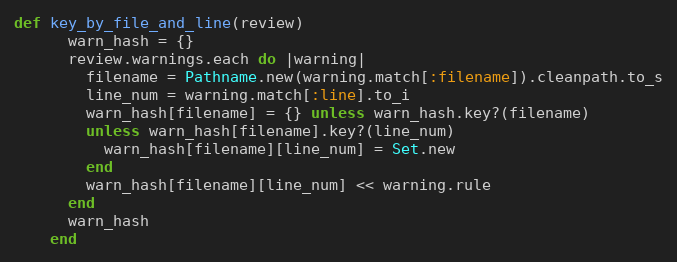
Language: Ruby
def key_by_file_and_line(review)
      warn_hash = {}
      review.warnings.each do |warning|
        filename = Pathname.new(warning.match[:filename]).cleanpath.to_s
        line_num = warning.match[:line].to_i
        warn_hash[filename] = {} unless warn_hash.key?(filename)
        unless warn_hash[filename].key?(line_num)
          warn_hash[filename][line_num] = Set.new
        end
        warn_hash[filename][line_num] << warning.rule
      end
      warn_hash
    end